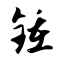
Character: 锺